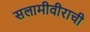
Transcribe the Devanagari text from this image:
सलामीवीराची